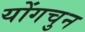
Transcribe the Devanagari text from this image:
योंगचुन